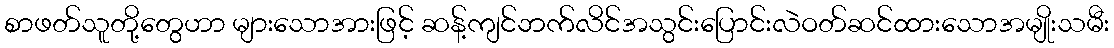
စာဖတ်သူတို့တွေဟာ များသောအားဖြင့် ဆန့်ကျင်ဘက်လိင်အသွင်းပြောင်းလဲဝတ်ဆင်ထားသောအမျိုးသမီး